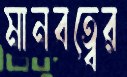
মানবত্বের